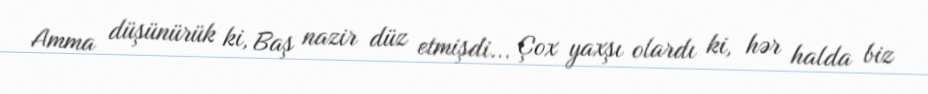
Amma düşünürük ki, Baş nazir düz etmişdi... Çox yaxşı olardı ki, hər halda biz